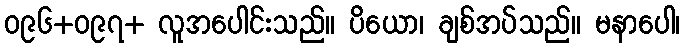
ဝ၉၆+ဝ၉၇+ လူအပေါင်းသည်။ ပိယော၊ ချစ်အပ်သည်။ မနာပေါ၊